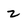
Character: 2